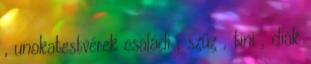
, unokatestvérek családi , szűz , tini , diák